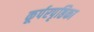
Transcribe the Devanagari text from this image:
कूर्परपृष्ठिका